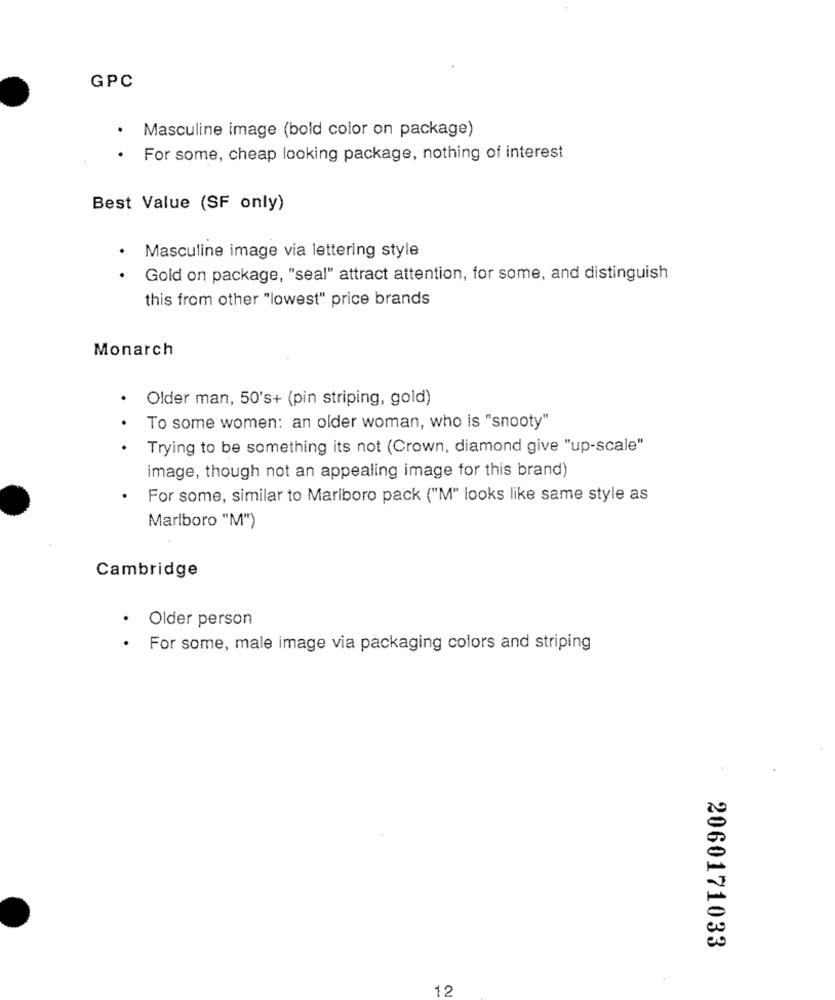
GPC
.
Masculine image (bold color on package)
. For some, cheap looking package, nothing of interest
Best Value (SF only)
· Masculine image via lettering style
Gold on package, "seal" attract attention, for some, and distinguish
this from other "lowest" price brands
Monarch
Older man, 50's+ (pin striping, gold)
To some women: an older woman, who is "snooty"
Trying to be something its not (Crown, diamond give "up-scale"
image, though not an appealing image for this brand)
For some, similar to Marlboro pack ("M" looks like same style as
Marlboro "M")
Cambridge
Older person
For some, male image via packaging colors and striping
2060171033
12